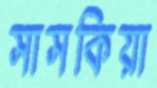
সাসকিয়া